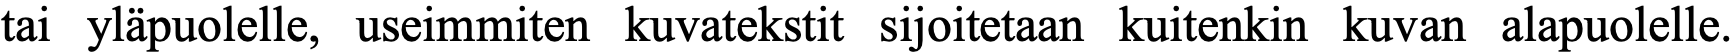
tai yläpuolelle, useimmiten kuvatekstit sijoitetaan kuitenkin kuvan alapuolelle.